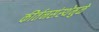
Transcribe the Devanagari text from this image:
कीर्तनसंस्थेमुळे